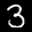
Label: 3